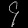
Digit: ၄